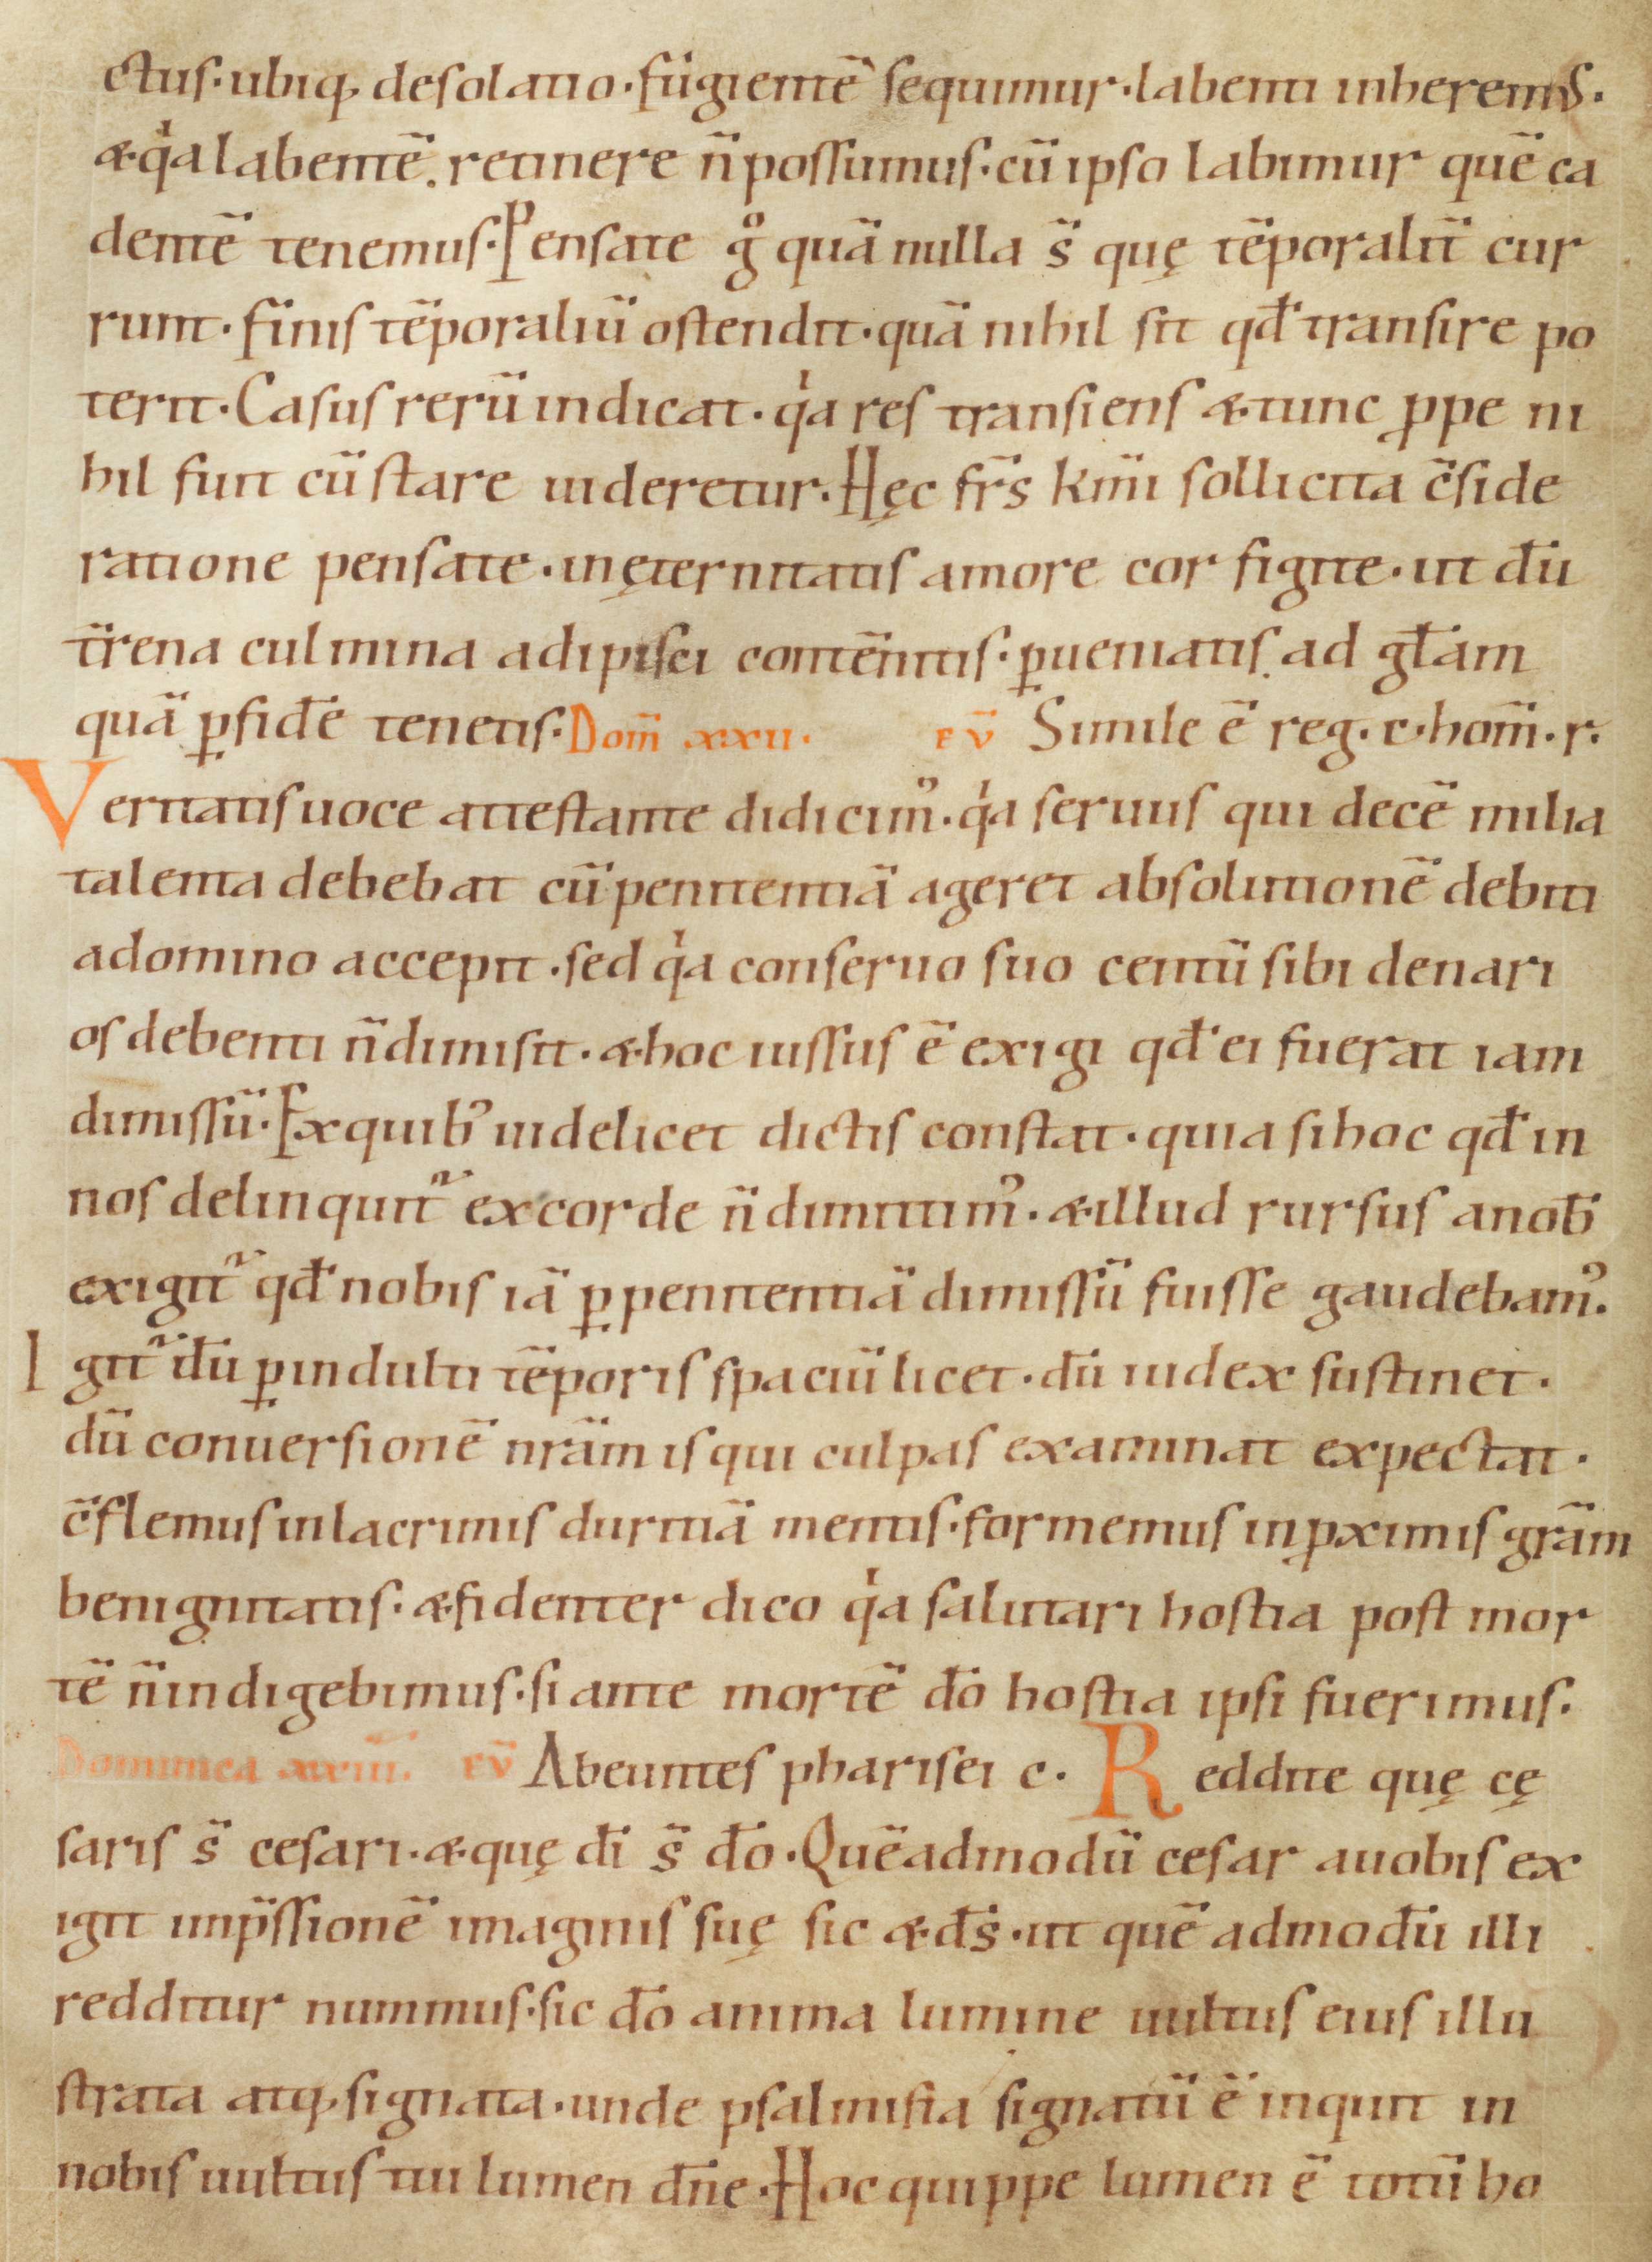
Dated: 1070–1099